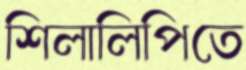
শিলালিপিতে